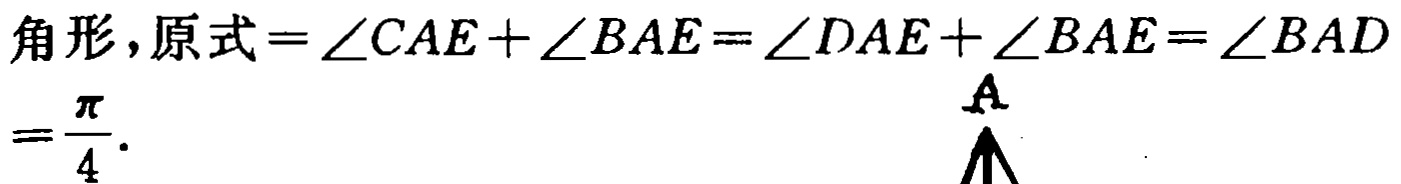
\(角形,原式=\angle CAE+\angle BAE=\angle DAE+\angle BAE=\angle BAD=\frac{\pi}{4}.\)
A
\(\A\)